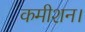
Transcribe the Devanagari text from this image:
कमीशन।